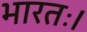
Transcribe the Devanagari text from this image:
भारतः।